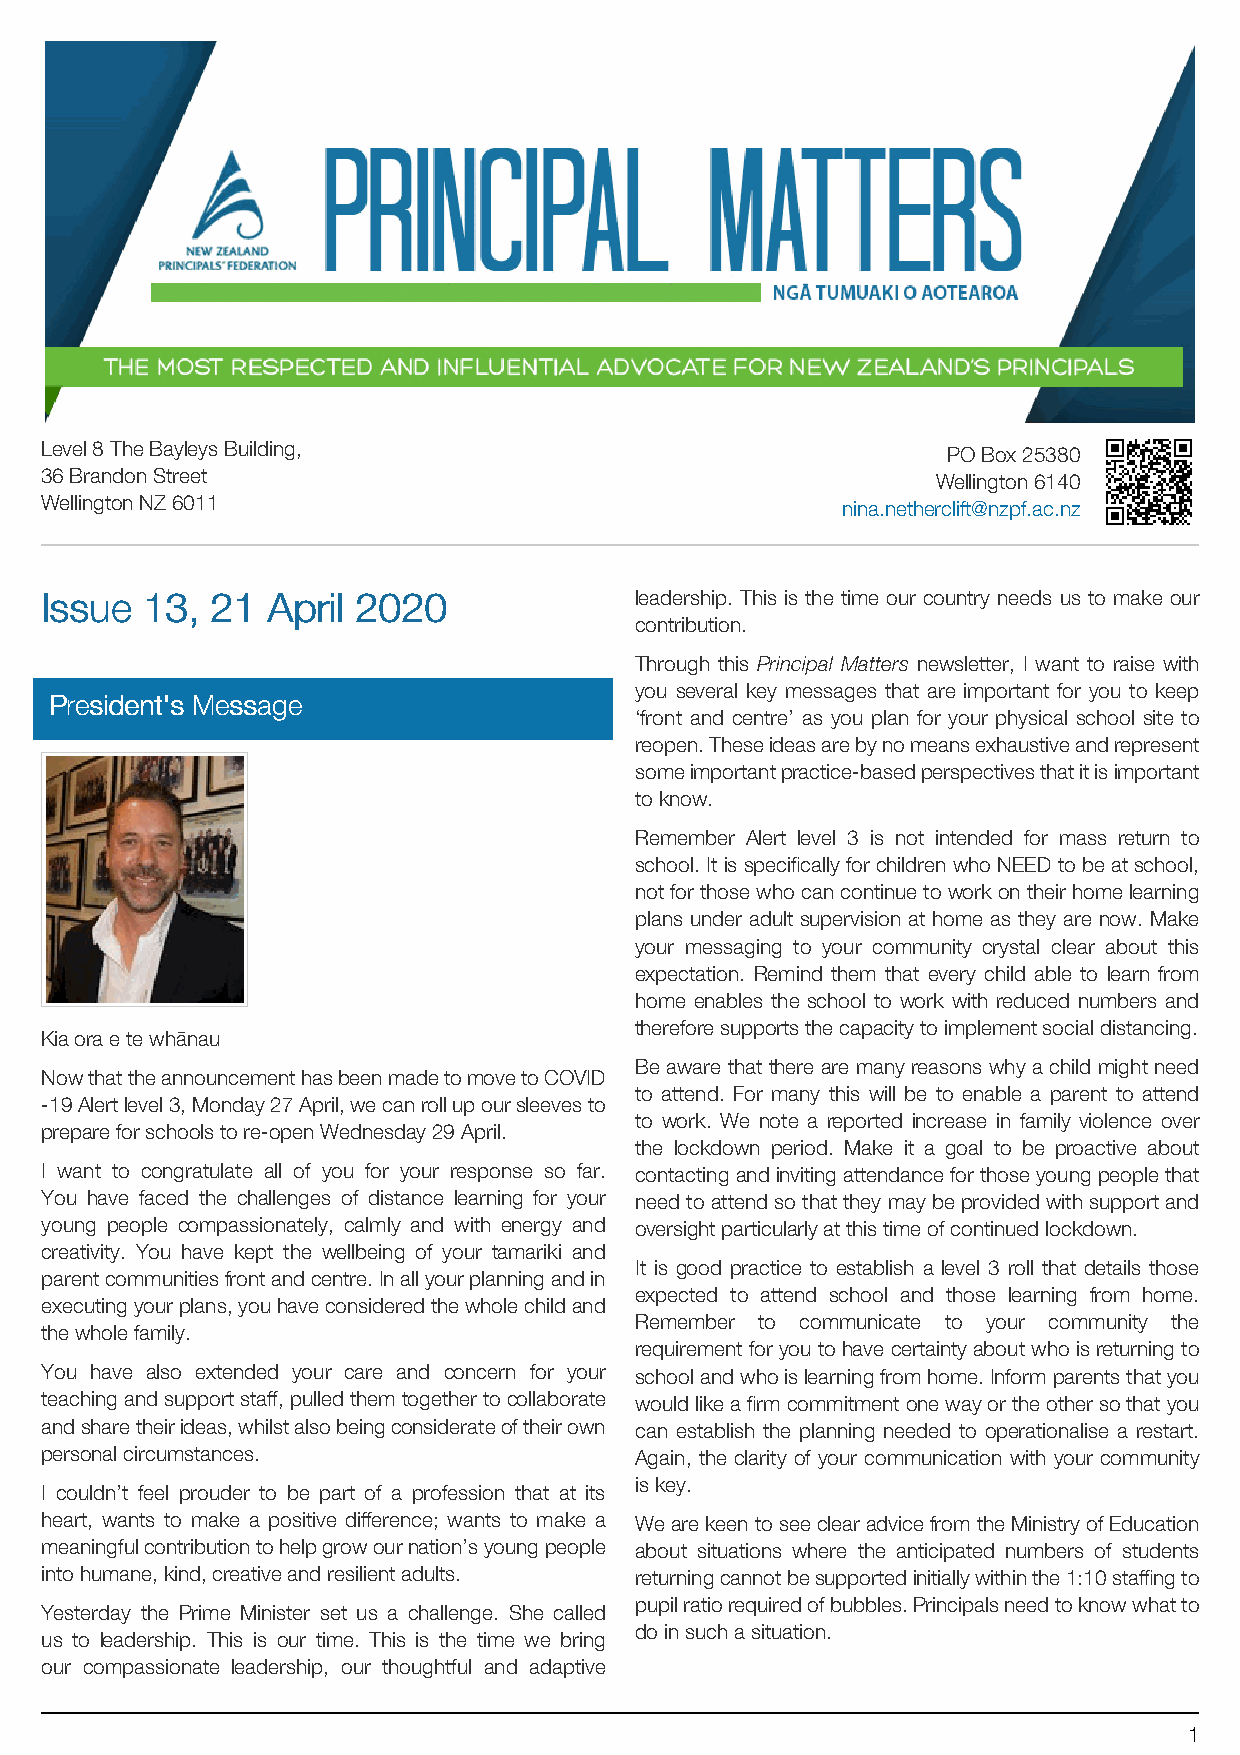
Level 8 The Bayleys Building,                               PO Box 25380
 36 Brandon Street                                          Wellington 6140
 Wellington NZ 6011                                   nina.netherclift@nzpf.ac.nz
 IIssssuuee 1133,, 2211 AApprriill 22002200 leadership. This is the time our country needs us to make our
 contribution.
 Through this Principal Matters newsletter, I want to raise with
 you several key messages that are important for you to keep
 PPrreessiiddeenntt''ss MMeessssaaggee
 ‘front and centre’ as you plan for your physical school site to
 reopen.Theseideasarebynomeansexhaustiveandrepresent
 someimportantpractice-basedperspectivesthatitisimportant
 to know.
 Remember Alert level 3 is not intended for mass return to
 school. It is specifically for children who NEED to be at school,
 not for those who can continue to work on their home learning
 plans under adult supervision at home as they are now. Make
 your messaging to your community crystal clear about this
 expectation. Remind them that every child able to learn from
 home enables the school to work with reduced numbers and
 therefore supports the capacity to implement social distancing.
 Kia ora e te whānau
 Be aware that there are many reasons why a child might need
 NowthattheannouncementhasbeenmadetomovetoCOVID
 to attend. For many this will be to enable a parent to attend
 -19Alertlevel3,Monday27April,wecanrollupoursleevesto
 to work. We note a reported increase in family violence over
 prepare for schools to re-open Wednesday 29 April.
 the lockdown period. Make it a goal to be proactive about
 I want to congratulate all of you for your response so far. contactingandinvitingattendanceforthoseyoungpeoplethat
 You have faced the challenges of distance learning for your need to attend so that they may be provided with support and
 young people compassionately, calmly and with energy and oversight particularly at this time of continued lockdown.
 creativity. You have kept the wellbeing of your tamariki and
 It is good practice to establish a level 3 roll that details those
 parentcommunitiesfrontandcentre.Inallyourplanningandin
 expected to attend school and those learning from home.
 executingyourplans,youhaveconsideredthewholechildand
 Remember to communicate to your community the
 the whole family.
 requirement for you to have certainty about who is returning to
 You have also extended your care and concern for your schoolandwhoislearningfromhome.Informparentsthatyou
 teachingandsupportstaff,pulledthemtogethertocollaborate wouldlikeafirmcommitmentonewayortheothersothatyou
 andsharetheirideas,whilstalsobeingconsiderateoftheirown can establish the planning needed to operationalise a restart.
 personal circumstances.                Again, the clarity of your communication with your community
 is key.
 I couldn’t feel prouder to be part of a profession that at its
 heart, wants to make a positive difference; wants to make a WearekeentoseeclearadvicefromtheMinistryofEducation
 meaningfulcontributiontohelpgrowournation’syoungpeople about situations where the anticipated numbers of students
 into humane, kind, creative and resilient adults. returningcannotbesupportedinitiallywithinthe1:10staffingto
 pupilratiorequiredofbubbles.Principalsneedtoknowwhatto
 Yesterday the Prime Minister set us a challenge. She called
 do in such a situation.
 us to leadership. This is our time. This is the time we bring
 our compassionate leadership, our thoughtful and adaptive
 1